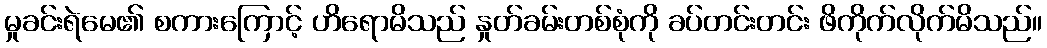
မှုခင်းရဲမေ၏ စကားကြောင့် ဟိရောမိသည် နှုတ်ခမ်းတစ်စုံကို ခပ်တင်းတင်း ဖိကိုက်လိုက်မိသည်။